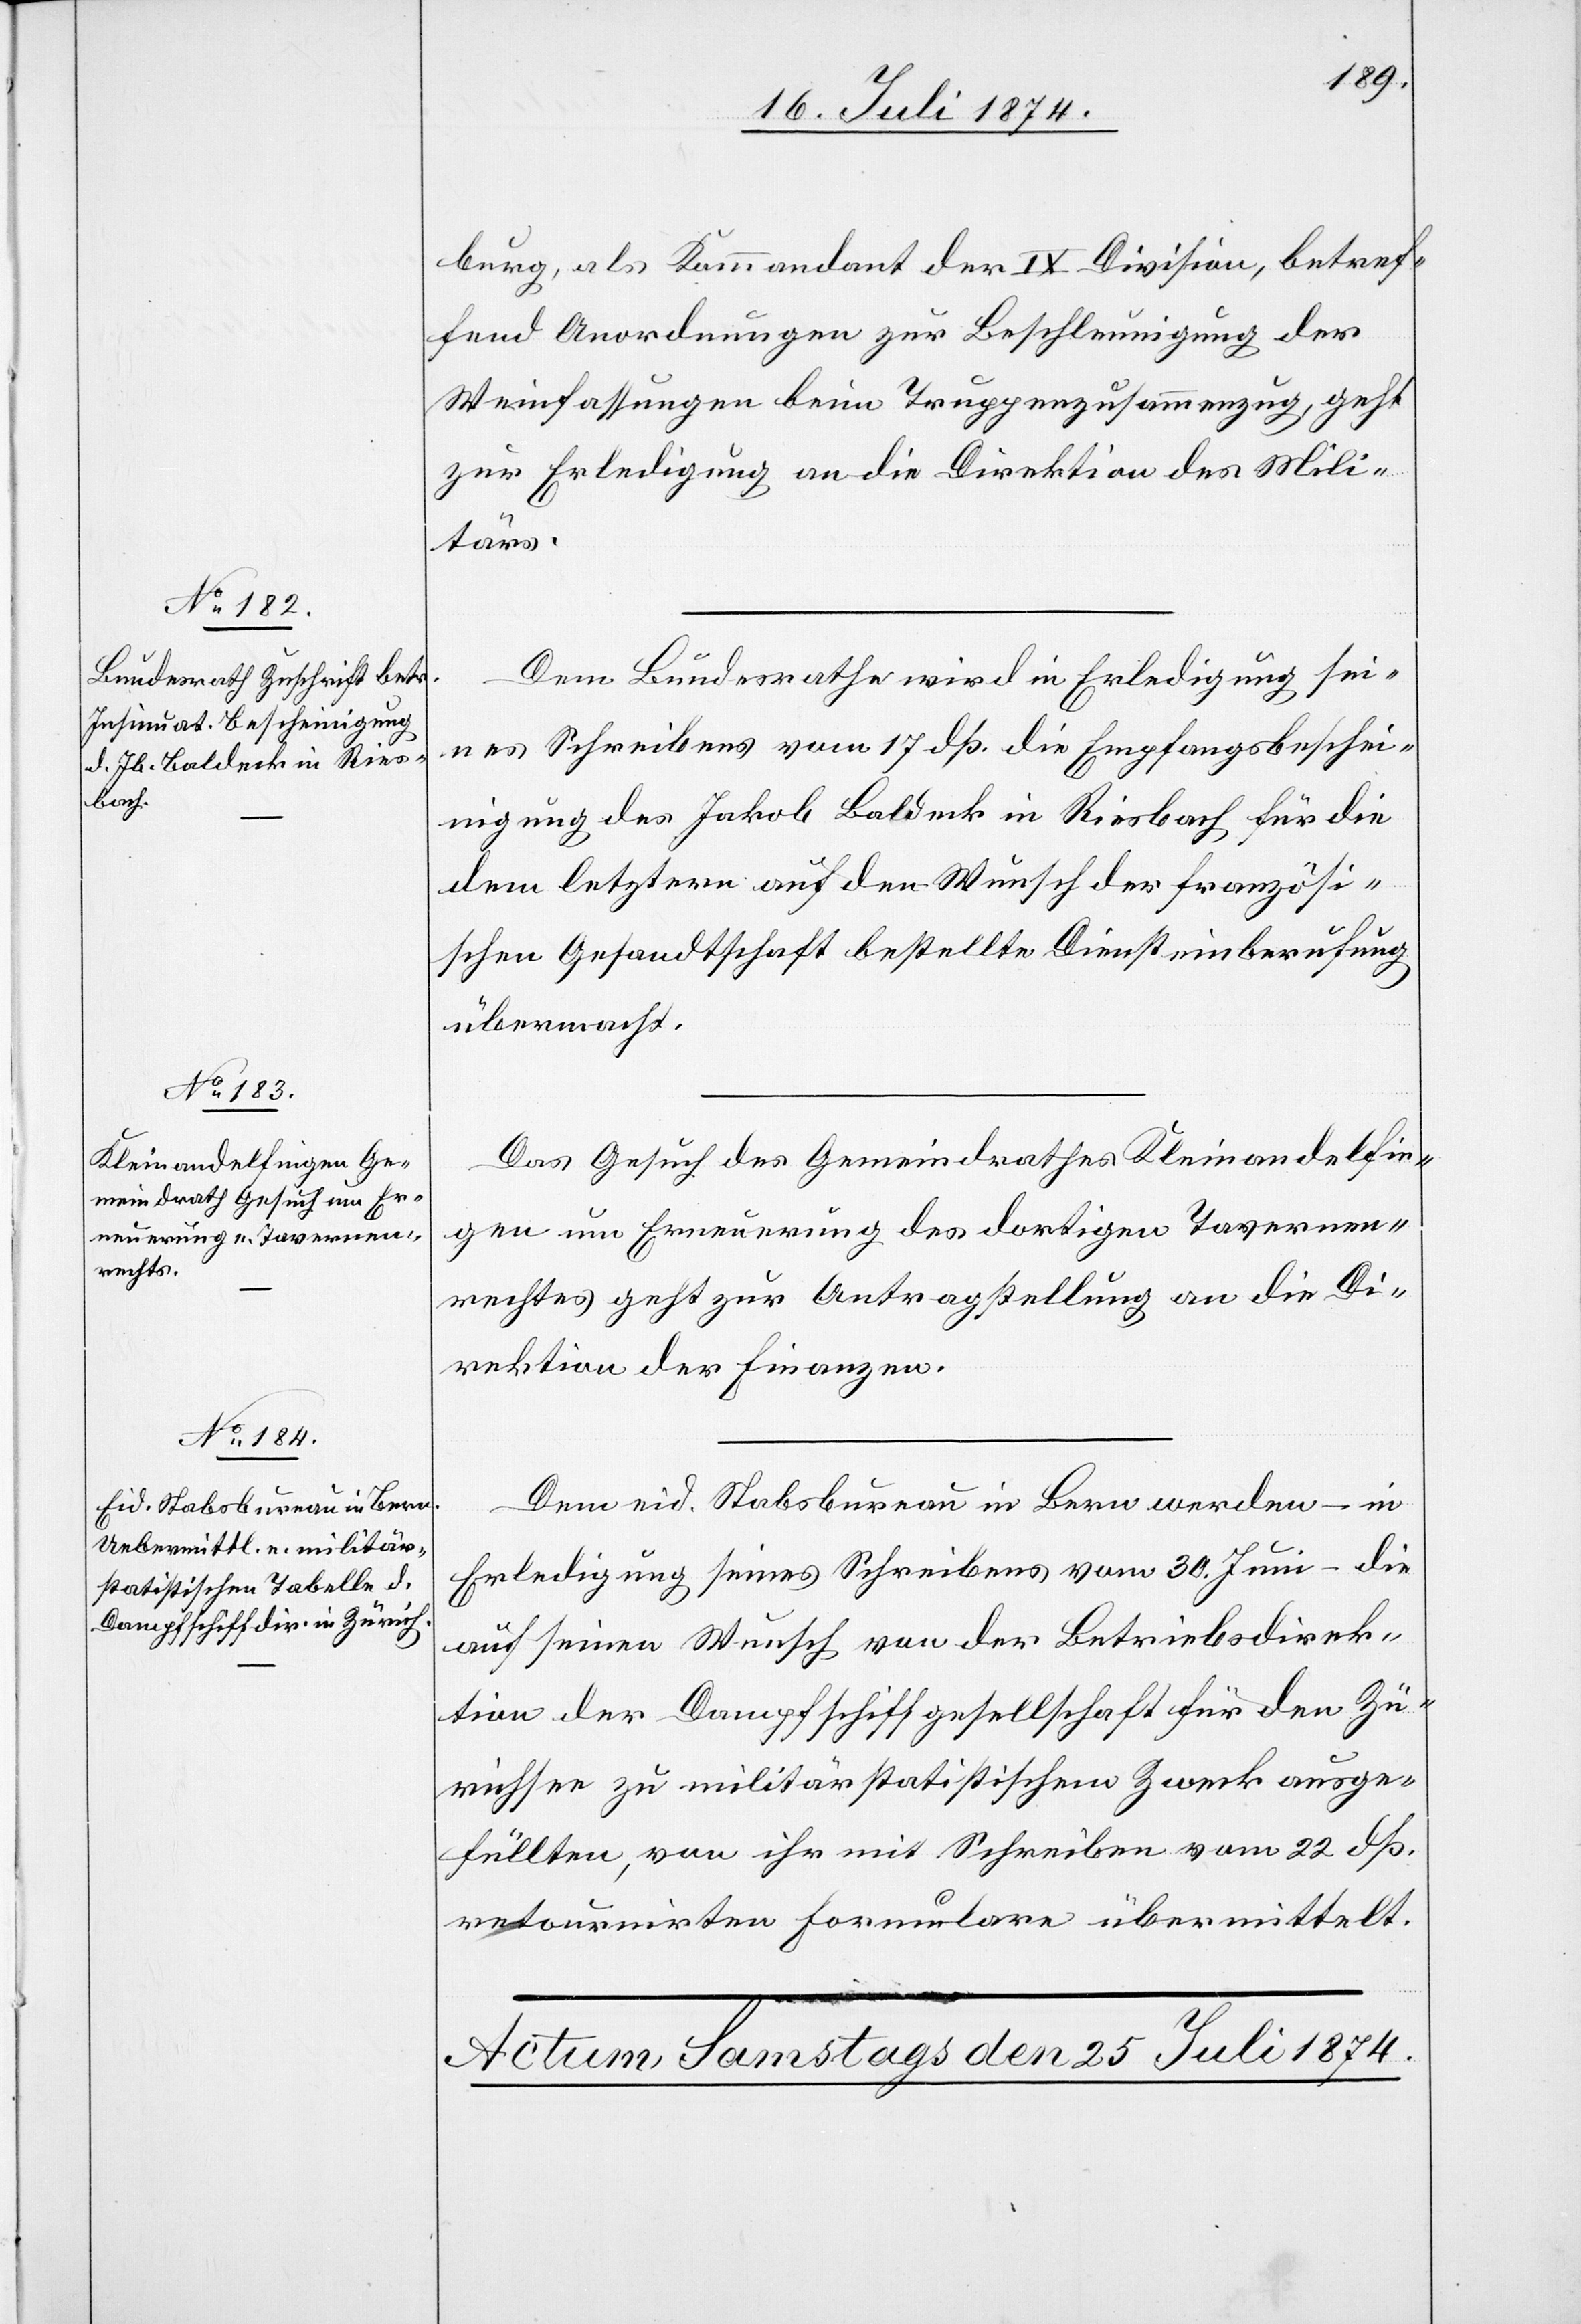
24. Juli 1874.]
burg, als Kommandant der IX. Division, betref¬
fend Anordnungen zur Beschleunigung der
Weinfassungen beim Truppenzusammenzug, geht
zur Erledigung an die Direktion des Mili¬
tärs.
Dem Bundesrathe wird in Erledigung sei¬
nes Schreibens vom 17. dß. die Empfangsbeschei¬
nigung des Jakob Baldeck in Riesbach für die
dem letztern auf den Wunsch der französi¬
schen Gesandtschaft bestellte Diensteinberufung
übermacht.
Das Gesuch des Gemeindrathes Kleinandelfin¬
gen um Erneuerung des dortigen Tavernen¬
rechtes geht zur Antragstellung an die Di¬
rektion der Finanzen.
Dem eid. Stabsbureau in Bern werden – in
Erledigung seines Schreibens vom 30. Juni – die
auf seinen Wunsch von der Betriebsdirek¬
tion der Dampfschiffgesellschaft für den Zü¬
richsee zu militärstatistischem Zweck ausge¬
füllten, von ihr mit Schreiben vom 22. dß.
retournirten Formulare übermittelt.